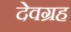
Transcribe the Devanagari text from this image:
देवग्रह